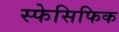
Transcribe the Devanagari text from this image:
स्फेसिफिक